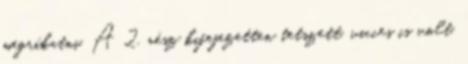
megríkatni. A 2. rész kifejezetten tetszett, vicces is volt,